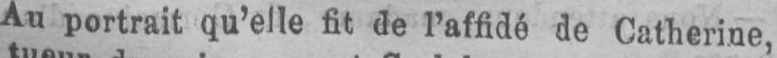
Au portrait qu’elle fit de l’affidé de Catherine,